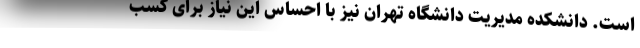
است. دانشکده مدیریت دانشگاه تهران نیز با احساس این نیاز برای کسب